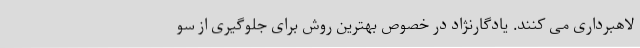
لاهبرداری می کنند. یادگارنژاد در خصوص بهترین روش برای جلوگیری از سو